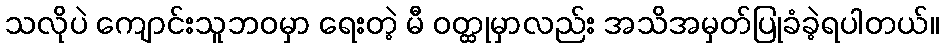
သလိုပဲ ကျောင်းသူဘဝမှာ ရေးတဲ့ မီ ဝတ္ထုမှာလည်း အသိအမှတ်ပြုခံခဲ့ရပါတယ်။